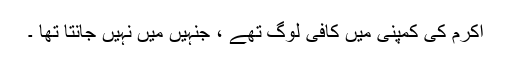
اکرم کی کمپنی میں کافی لوگ تھے ، جنہیں میں نہیں جانتا تھا ۔